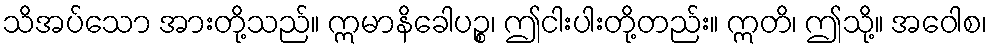
သိအပ်သော အားတို့သည်။ ဣမာနိခေါပဉ္စ၊ ဤငါးပါးတို့တည်း။ ဣတိ၊ ဤသို့။ အဝေါစ၊